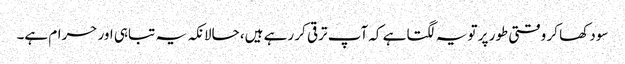
سود کھا کر وقتی طور پر تو یہ لگتا ہے کہ آپ ترقی کر رہے ہیں، حالانکہ یہ تباہی اور حرام ہے۔